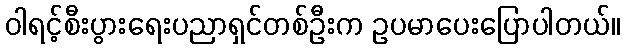
ဝါရင့်စီးပွားရေးပညာရှင်တစ်ဦးက ဥပမာပေးပြောပါတယ်။